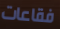
فقاعات